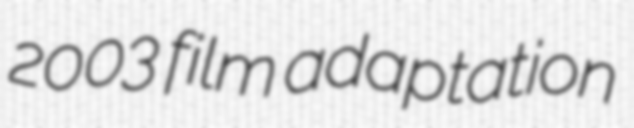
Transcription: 2003 film adaptation